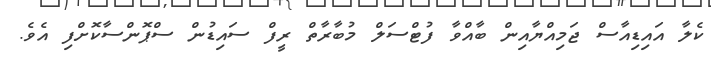
ކެލާ އައިޑިއާސް ޖަމިއްޔާއިން ބާއްވާ ފުޓްސަލް މުބާރާތް ރީފް ސައިޑުން ސްޕޮންސާކޮށްފި އެވެ.